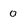
Character: 0